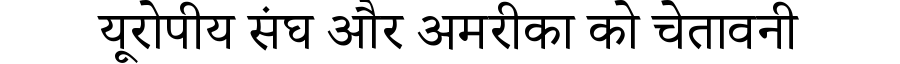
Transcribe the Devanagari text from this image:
यूरोपीय संघ और अमरीका को चेतावनी